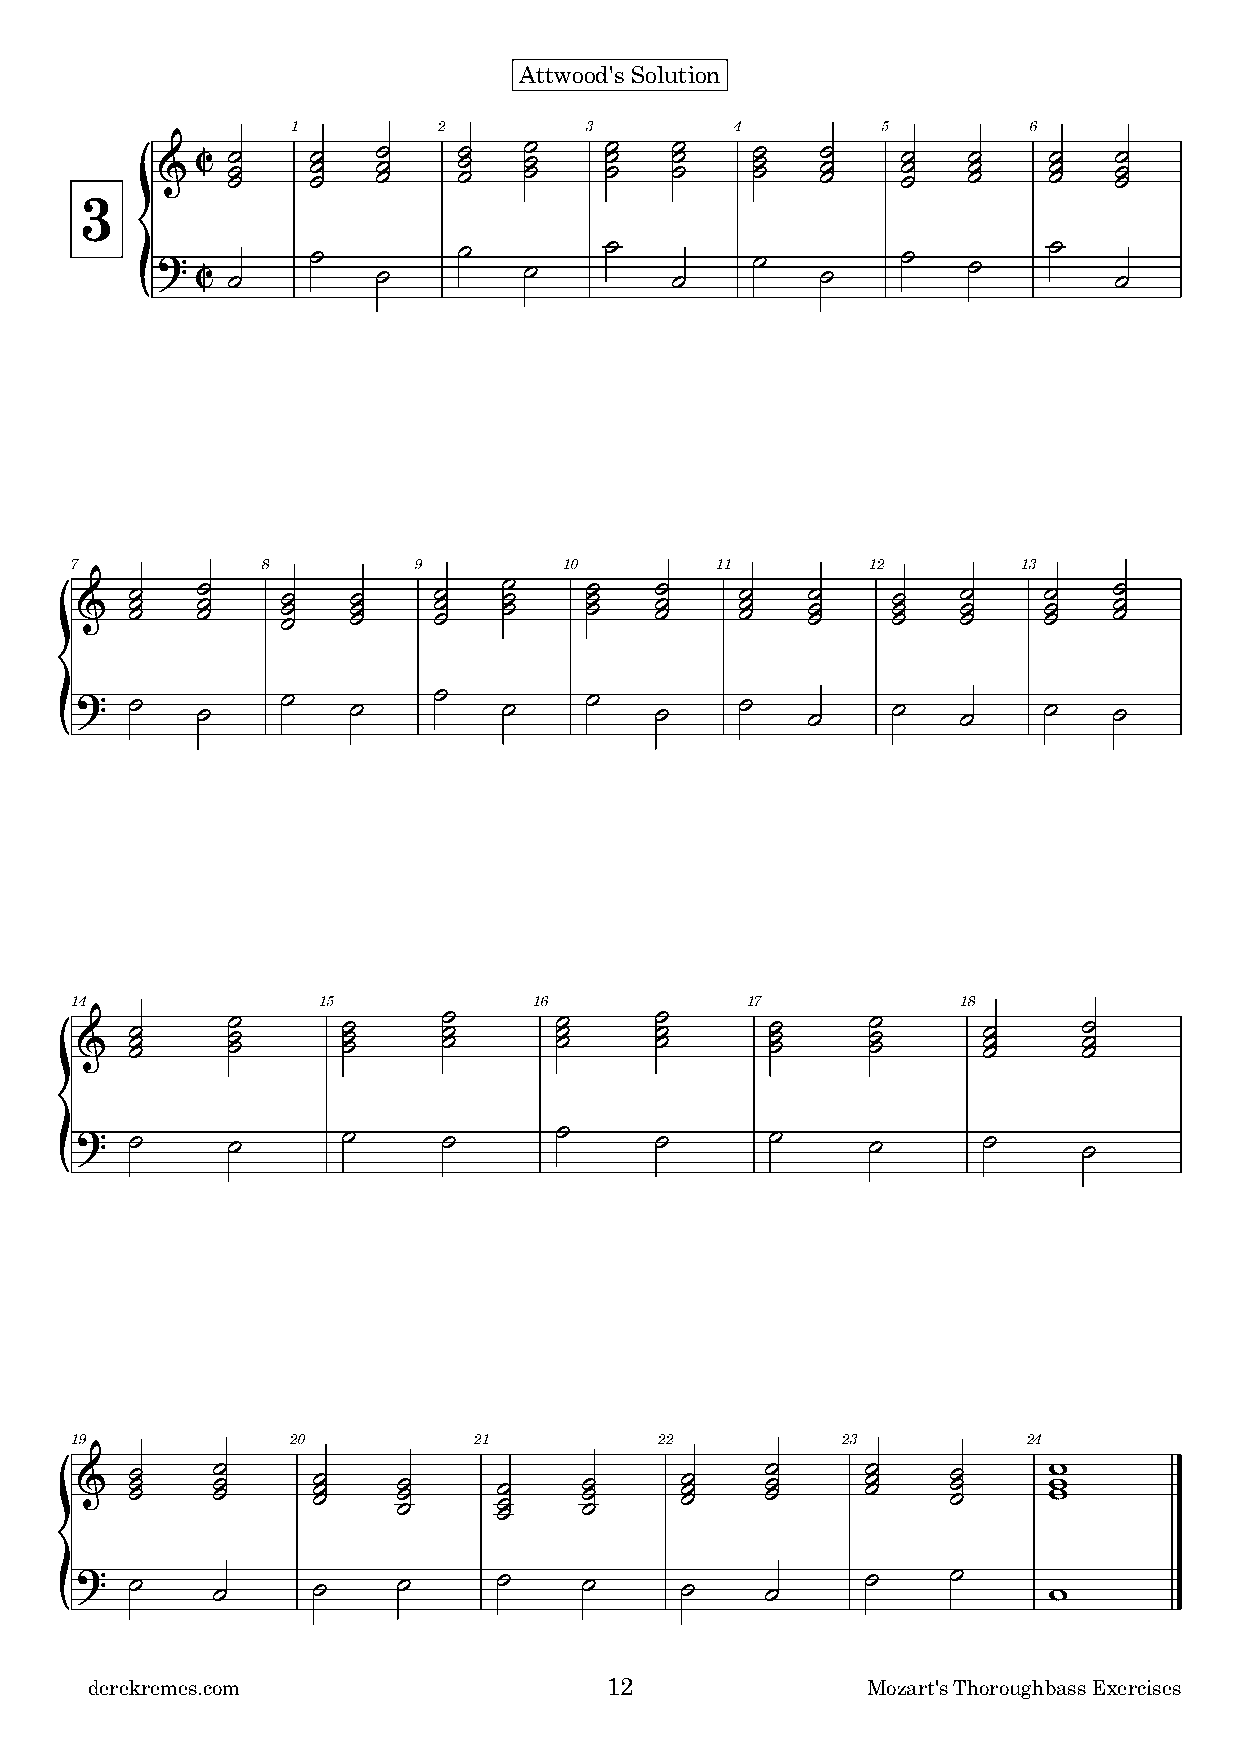
Attwood's Solution
 1         2         3         4        5         6
 &
 C ˙˙˙   ˙˙˙ ˙˙˙  ˙˙˙  ˙ ˙
 ˙
 ˙ ˙
 ˙
 ˙ ˙
 ˙
 ˙ ˙
 ˙
 ˙˙˙   ˙˙˙ ˙˙˙  ˙˙˙  ˙˙˙
 3
 { ? C ˙     ˙   ˙    ˙    ˙    ˙   ˙     ˙   ˙     ˙   ˙    ˙    ˙
 7           8         9         10        11        12         13
 &
 ˙˙˙ ˙˙˙   ˙˙˙ ˙˙˙   ˙˙˙ ˙ ˙
 ˙
 ˙ ˙
 ˙
 ˙˙˙   ˙˙˙ ˙˙˙   ˙˙˙  ˙˙˙  ˙˙˙  ˙˙˙
 { ?  ˙   ˙     ˙   ˙     ˙   ˙     ˙   ˙     ˙   ˙     ˙    ˙    ˙    ˙
 14              15            16            17             18
 &   ˙˙˙   ˙ ˙ ˙   ˙ ˙ ˙ ˙ ˙ ˙   ˙ ˙ ˙ ˙ ˙ ˙   ˙ ˙ ˙ ˙ ˙ ˙   ˙˙˙    ˙˙˙
 ?   ˙     ˙       ˙     ˙       ˙     ˙       ˙     ˙       ˙      ˙
 {
 19            20          21           22          23          24
 &   ˙˙˙  ˙˙˙    ˙˙˙  ˙˙˙    ˙˙˙  ˙˙˙    ˙˙˙   ˙˙˙   ˙˙˙   ˙˙˙   www
 { ?  ˙    ˙      ˙    ˙      ˙    ˙      ˙     ˙     ˙     ˙     w
 derekremes.com                    12               Mozart's Thoroughbass Exercises